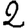
Digit: 2